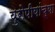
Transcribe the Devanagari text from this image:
युरोपीयांच्या